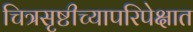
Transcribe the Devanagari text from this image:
चित्रसृष्टीच्यापरिपेक्षात